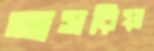
তাসরিয়া